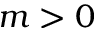
m > 0